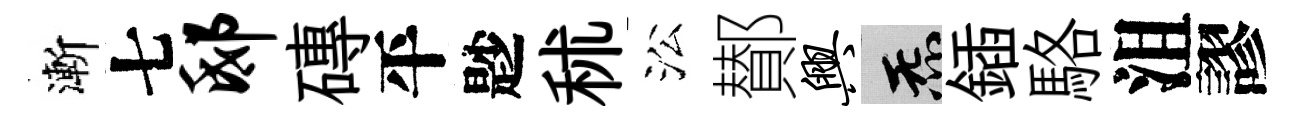
漸七邸磚平尟秫㳂鄼兴炁鍤駱沮謬